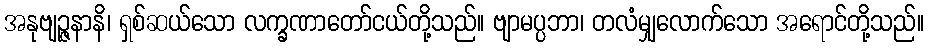
အနုဗျဉ္ဇနာနိ၊ ရှစ်ဆယ်သော လက္ခဏာတော်ငယ်တို့သည်။ ဗျာမပ္ပဘာ၊ တလံမျှလောက်သော အရောင်တို့သည်။